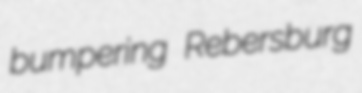
bumpering Rebersburg